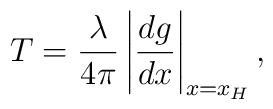
T = \frac{\lambda}{4 \pi} \left \vert \frac{dg}{dx} \right \vert _ {x=x_H},